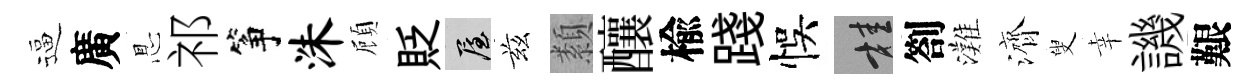
逼廣㤙祁筝洙頋貶屋兹纇釀楡踐悞桂劄灘濟叟幸譏艱